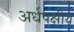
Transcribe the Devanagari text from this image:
अर्धपक्षीय